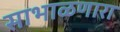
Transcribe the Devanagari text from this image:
साभाळणारा